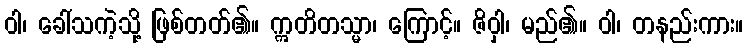
ဝါ၊ ခေါ်သကဲ့သို့ ဖြစ်တတ်၏။ ဣတိတသ္မာ၊ ကြောင့်။ ဇိဝှါ၊ မည်၏။ ဝါ၊ တနည်းကား။